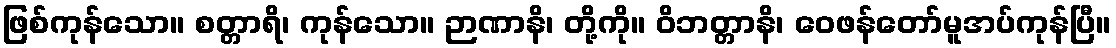
ဖြစ်ကုန်သော။ စတ္တာရိ၊ ကုန်သော။ ဉာဏာနိ၊ တို့ကို။ ဝိဘတ္တာနိ၊ ဝေဖန်တော်မူအပ်ကုန်ပြီ။